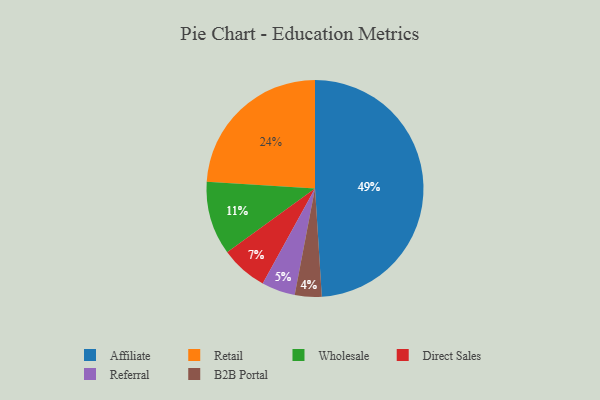
{"axis": {"x": "Category", "y": "Percentage"}, "legend": ["Affiliate", "B2B Portal", "Direct Sales", "Referral", "Retail", "Wholesale"], "data": [{"x": "Affiliate", "y": 49, "type": "Affiliate"}, {"x": "Direct Sales", "y": 7, "type": "Direct Sales"}, {"x": "Wholesale", "y": 11, "type": "Wholesale"}, {"x": "Retail", "y": 24, "type": "Retail"}, {"x": "B2B Portal", "y": 4, "type": "B2B Portal"}, {"x": "Referral", "y": 5, "type": "Referral"}]}